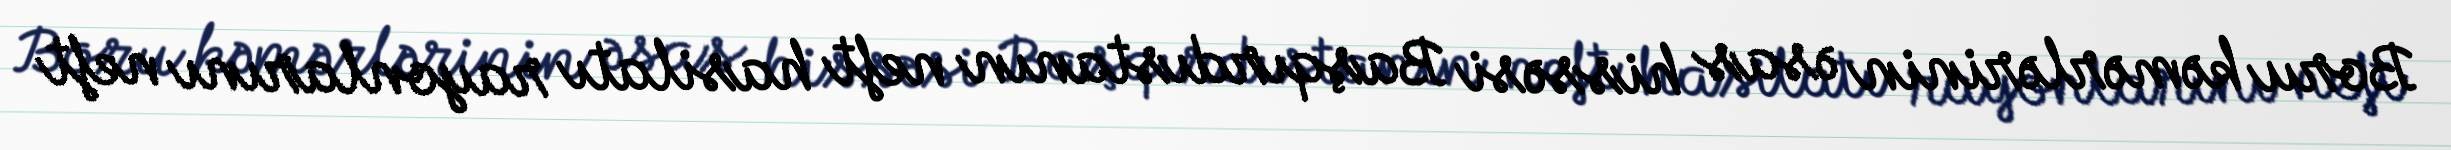
Boru kəmərlərinin əsas hissəsi Başqırdıstanın neft hasilatı rayonlarını neft